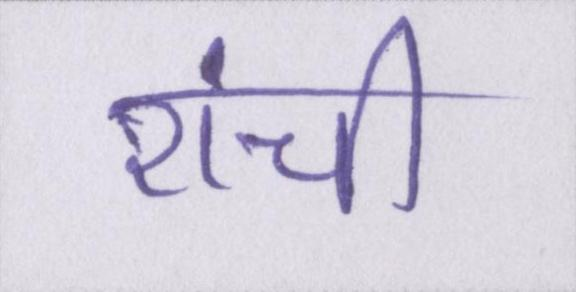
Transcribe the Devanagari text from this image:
रांची